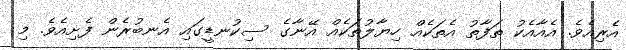
އެރިއެވެ. އެއާއެކު ތަފާތު އެތަކެއް ހިޔާލުތަކެއް އޭނާގެ ސިކުނޑީގައި އެނބުރެން ފެށިއެވެ. މި